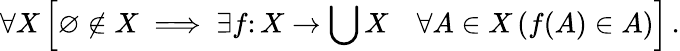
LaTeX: \forall X\left[\varnothing\notin X\implies\exists f\colon X\rightarrow\bigcup X\quad\forall A\in X\, (f(A)\in A)\right]\, .